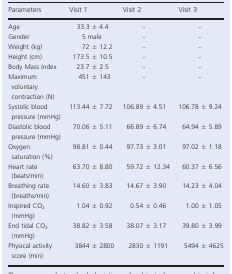
<table><thead><tr><td><b>Parameters</b></td><td><b>Visit 1</b></td><td><b>Visit 2</b></td><td><b>Visit 3</b></td></tr></thead><tbody><tr><td>Age</td><td>33.3 ± 4.4</td><td>–</td><td>–</td></tr><tr><td>Gender</td><td>5 male</td><td>–</td><td>–</td></tr><tr><td>Weight (kg)</td><td>72 ± 12.2</td><td>–</td><td>–</td></tr><tr><td>Height (cm)</td><td>173.5 ± 10.5</td><td>–</td><td>–</td></tr><tr><td>Body Mass Index</td><td>23.7 ± 2.5</td><td>–</td><td>–</td></tr><tr><td>Maximum voluntary contraction (N)</td><td>451 ± 143</td><td>–</td><td>–</td></tr><tr><td>Systolic blood pressure (mmHg)</td><td>113.44 ± 7.72</td><td>106.89 ± 4.51</td><td>106.78 ± 9.24</td></tr><tr><td>Diastolic blood pressure (mmHg)</td><td>70.06 ± 5.11</td><td>66.89 ± 6.74</td><td>64.94 ± 5.89</td></tr><tr><td>Oxygen saturation (%)</td><td>98.81 ± 0.44</td><td>97.73 ± 3.01</td><td>97.02 ± 1.18</td></tr><tr><td>Heart rate (beats/min)</td><td>63.70 ± 8.80</td><td>59.72 ± 12.34</td><td>60.37 ± 6.56</td></tr><tr><td>Breathing rate (breaths/min)</td><td>14.60 ± 3.83</td><td>14.67 ± 3.90</td><td>14.23 ± 4.04</td></tr><tr><td>Inspired CO<sub>2</sub> (mmHg)</td><td>1.04 ± 0.92</td><td>0.54 ± 0.46</td><td>1.00 ± 1.05</td></tr><tr><td>End tidal CO<sub>2</sub> (mmHg)</td><td>38.82 ± 3.58</td><td>38.07 ± 3.17</td><td>39.80 ± 3.99</td></tr><tr><td>Physical activity score (min)</td><td>3844 ± 2800</td><td>2830 ± 1191</td><td>5494 ± 4625</td></tr></tbody></table>